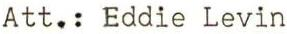
Att.: Eddie Levin